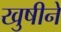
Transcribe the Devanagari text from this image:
खुषीने